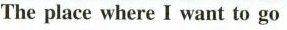
The place where I want to go